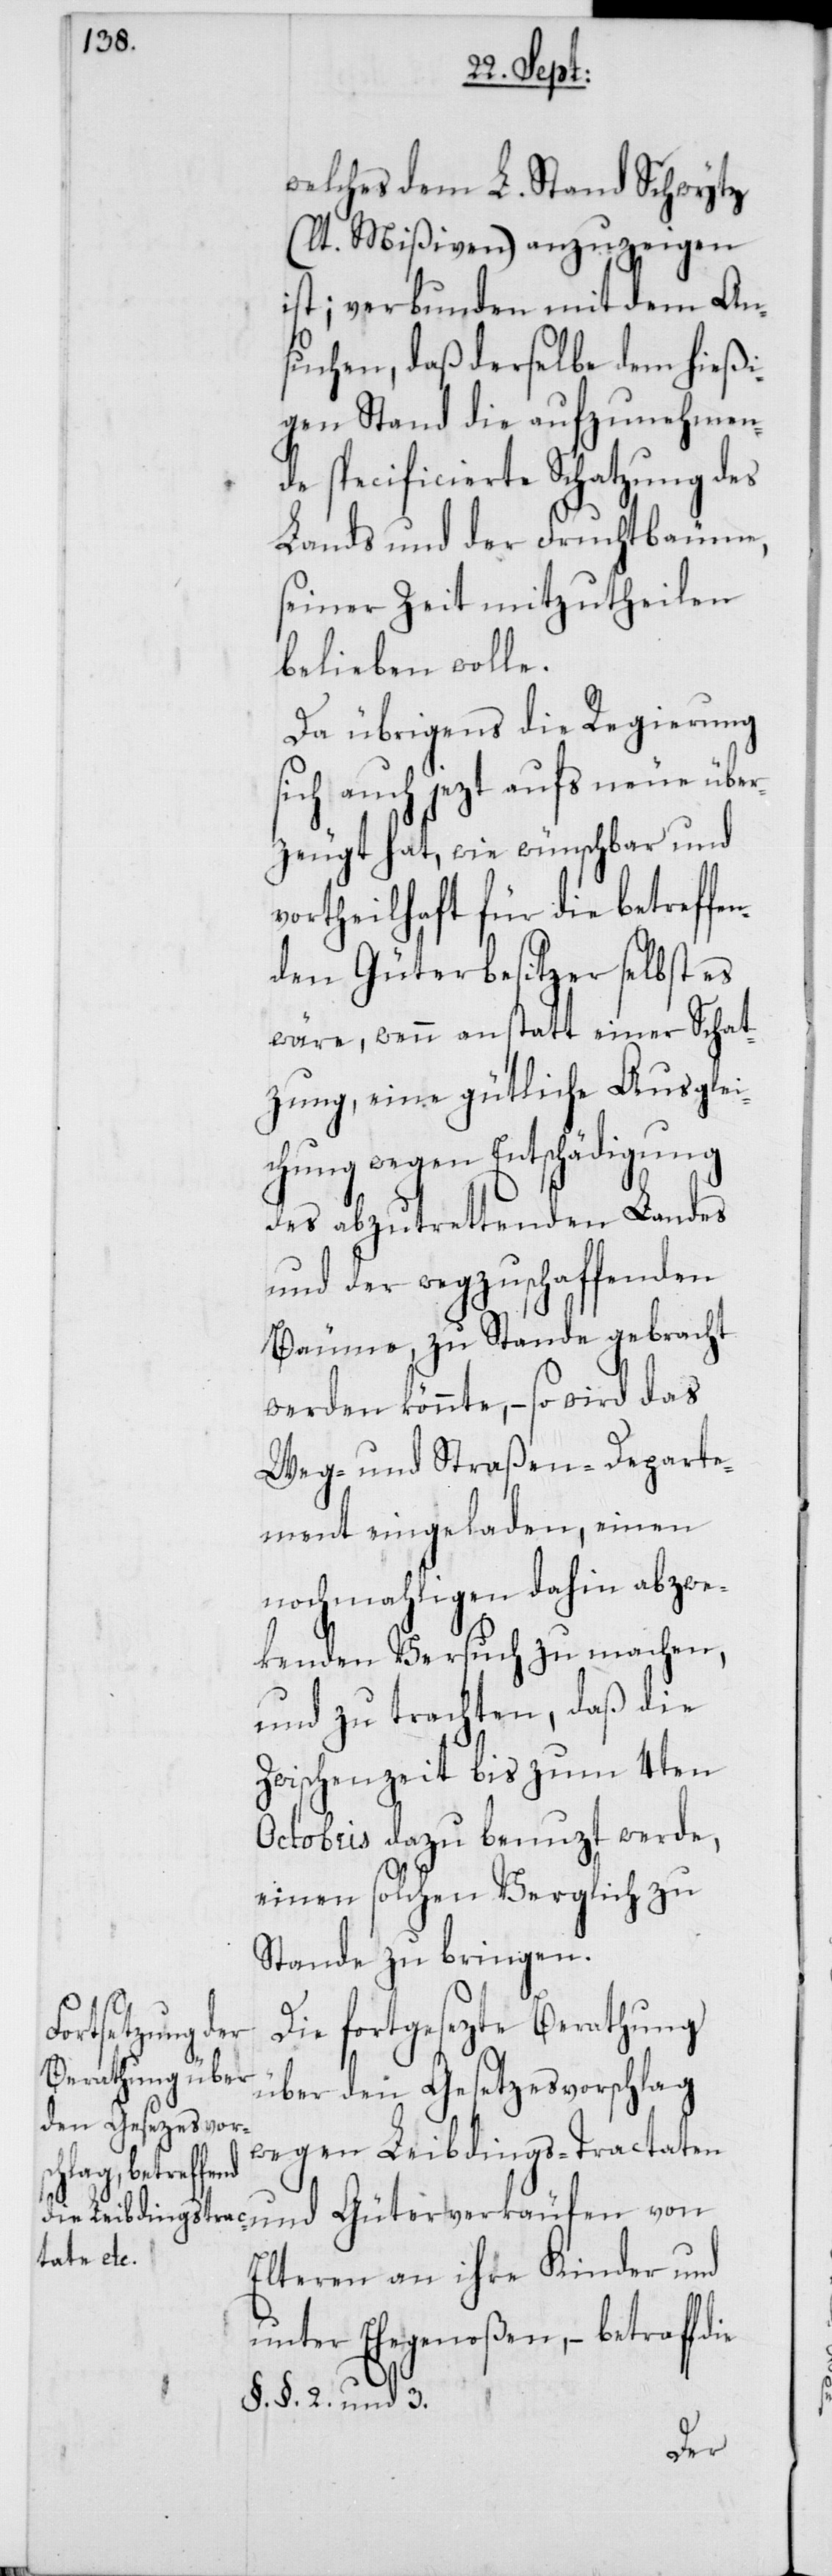
welches dem L. Stand Schwytz
(lt. Mißiven) anzuzeigen
ist; verbunden mit dem An¬
suchen, daß derselbe dem hießi¬
gen Stand die aufzunehmen¬
de specifierte Schatzung des
Lands und der Fruchtbäume,
seiner Zeit mitzutheilen
belieben wolle.
Da übrigens die Regierung
sich auch jezt aufs neue über¬
zeugt hat, wie wünschbar und
vortheilhaft für die betreffe¬
nden Güterbesitzer selbst es
wäre, wenn anstatt einer Schat¬
zung, eine gütliche Ausglei¬
chung wegen Entschädigung
des abzutrettenden Landes
und der wegzuschaffenden
Bäume, zu Stande gebracht
werden könnte, – so wird das
Weg- und Straßen-Departe¬
ment eingeladen, einen
nochmahligen dahin abzwe¬
kenden Versuch zu machen,
und zu trachten, daß die
Zwischenzeit bis zum 4ten
Octobris dazu benuzt werde,
einen solchen Verglich zu
Stande zu bringen.
Die fortgesezte Berathung
über den Gesetzesvorschlag
wegen Leibdings-Tractaten
Güterverkäufen
Elteren an ihre Kinder und
unter Ehegenoßen, – betraff die
§. §. 2. und 3.